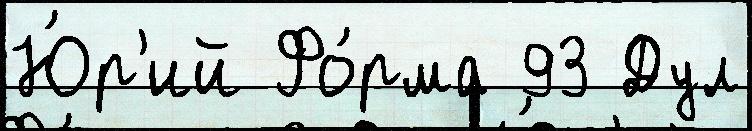
Ю́р'ий Фо́рма 93 Дул